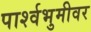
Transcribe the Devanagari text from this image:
पार्श्वभुमीवर